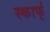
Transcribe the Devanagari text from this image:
स्कार्फ्